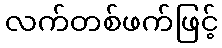
လက်တစ်ဖက်ဖြင့်